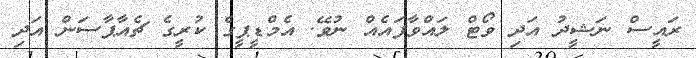
ރައީސް ނަޝީދު އަދި ވޯޓް ލައްވާފައެއް ނުވޭ. އެމްޑީޕީގެ ކުރީގެ ޗެއާޕާސަން އަދި